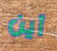
أين